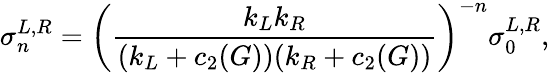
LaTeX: \sigma_{n}^{L,R}=\left({\frac{k_{L}k_{R}}{(k_{L}+c_{2}(G))(k_{R}+c_{2}(G))}}\right)^{-n}\sigma_{0}^{L,R},